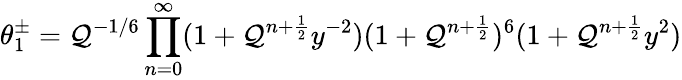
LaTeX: \theta_{1}^{\pm}=\mathcal{Q}^{-1/6}\prod_{n=0}^{\infty}(1+\mathcal{Q}^{n+\frac{{1}}{{2}}}y^{-2})(1+\mathcal{Q}^{n+\frac{{1}}{{2}}})^{6}(1+\mathcal{Q}^{n+\frac{{1}}{{2}}}y^{2})